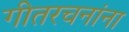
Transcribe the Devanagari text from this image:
गीतरचनांना